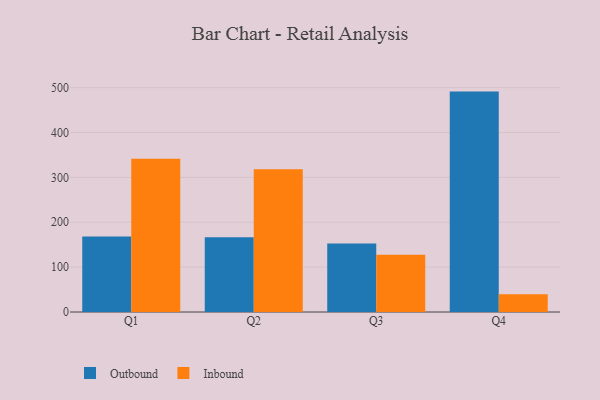
{"axis": {"x": "Quarter", "y": "Net Income (USD K)"}, "legend": ["Inbound", "Outbound"], "data": [{"x": "Q1", "y": 168.1, "type": "Outbound"}, {"x": "Q1", "y": 341.5, "type": "Inbound"}, {"x": "Q2", "y": 166.4, "type": "Outbound"}, {"x": "Q2", "y": 318.2, "type": "Inbound"}, {"x": "Q3", "y": 152.9, "type": "Outbound"}, {"x": "Q3", "y": 127.8, "type": "Inbound"}, {"x": "Q4", "y": 491.2, "type": "Outbound"}, {"x": "Q4", "y": 39.7, "type": "Inbound"}]}